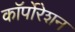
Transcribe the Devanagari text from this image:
काॅर्पोरेशन